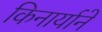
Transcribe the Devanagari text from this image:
किनार्याने